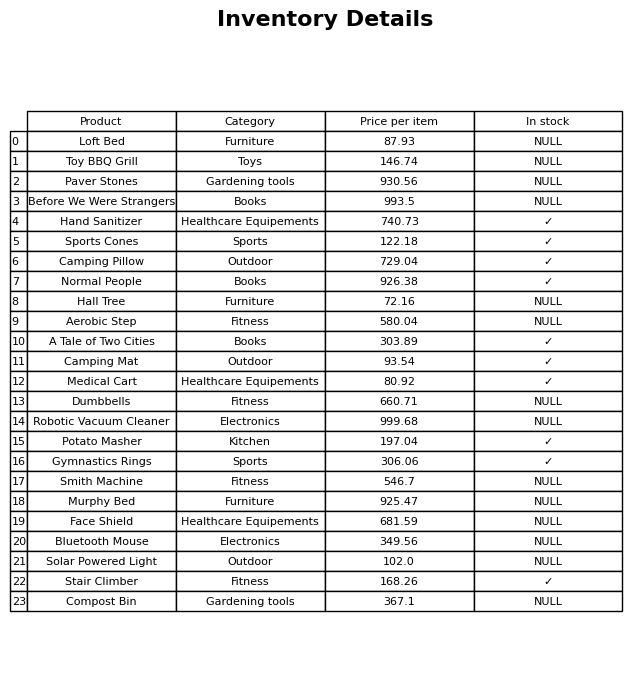
question: What is the price of the Stair Climber?
answer: The price of Stair Climber is 168.26.